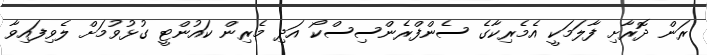
ރަން ދޮރާށި ފާލަމަކީ އެމެރިކާގެ ސެންފްރެންސިސްކޯ އަދި މެރިން ކައުންޓީ ގުޅުވުމަށް ލެވިފައިވާ